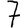
Digit: 7